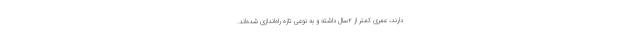
دارند، عمری کمتر از ۲سال داشته و به نوعی تازه راه‌اندازی شده‌اند.